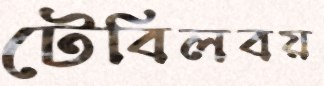
টেবিলবয়